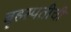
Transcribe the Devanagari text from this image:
बृहस्पतीची